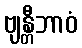
ဗျန္တီဘာဝံ